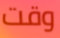
وقت